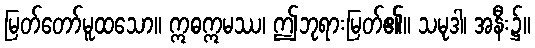
မြတ်တော်မူထသော။ ဣဓဣမဿ၊ ဤဘုရားမြတ်၏။ သမုဒါ၊ အနီး၌။